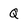
Character: Q